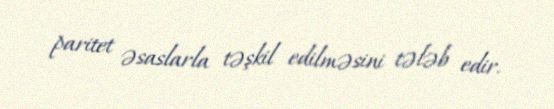
paritet əsaslarla təşkil edilməsini tələb edir.